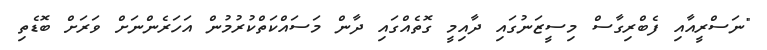
"ނަސްރީއާއި ފެބްރިގާސް މިސީޒަނުގައި ދާއިމީ ގޮތެއްގައި ދާން މަސައްކަތްކުރުމުން އަހަރެންނަށް ވަރަށް ބޮޑެތި